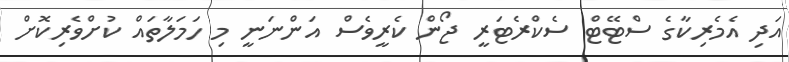
އަދި އެމެރިކާގެ ސްޓޭޓް ސެކްރެޓަރީ ޖޯން ކެރީވެސް އަންނަަނީ މި ހަމަލާތައް ކުށްވެރިކޮށް